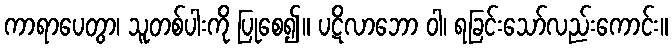
ကာရာပေတွာ၊ သူတစ်ပါးကို ပြုစေ၍။ ပဋိလာဘော ဝါ၊ ရခြင်းသော်လည်းကောင်း။